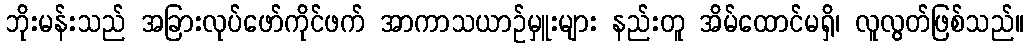
ဘိုးမန်းသည် အခြားလုပ်ဖော်ကိုင်ဖက် အာကာသယာဉ်မှူးများ နည်းတူ အိမ်ထောင်မရှိ၊ လူလွတ်ဖြစ်သည်။